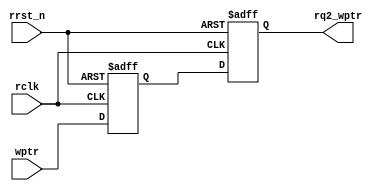
module sync_w2r
#(parameter ADDRSIZE = 4)
(
output reg [ADDRSIZE:0] rq2_wptr,
input [ADDRSIZE:0] wptr,
input rclk, rrst_n);

reg [ADDRSIZE:0] rq1_wptr;
always @(posedge rclk or negedge rrst_n)
	if (!rrst_n)
	       	{rq2_wptr,rq1_wptr} <= 0;
	else 
		{rq2_wptr,rq1_wptr} <= {rq1_wptr,wptr};
endmodule